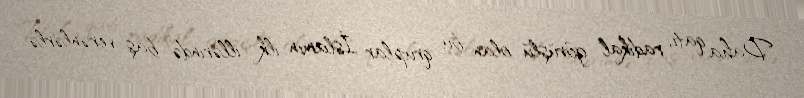
Daha qatı, radikal görüşlü olan bu qruplar İslamın ilk illərində baş verənlərlə